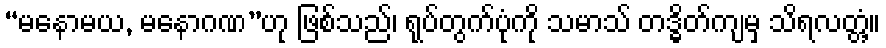
“မနောမယ, မနောဂဏ”ဟု ဖြစ်သည်၊ ရုပ်တွက်ပုံကို သမာသ် တဒ္ဓိတ်ကျမှ သိရလတ္တံ့။